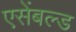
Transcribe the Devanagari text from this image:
एसेंबल्ड